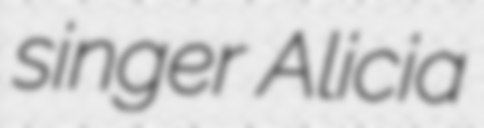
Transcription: singer Alicia